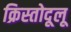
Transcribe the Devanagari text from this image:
क्रिस्तोदूलू